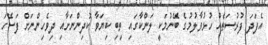
އެފަދަ ފުރުސަތެއް ހުޅުވާލުމުގެ ބޭނުމަކީ ލަންކާގައި ތިބި ކިޔަވާ ކުދިންނަށާއި ދިވެހިންނަށް ފަސޭހަ